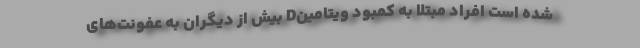
شده است افراد مبتلا به کمبود ویتامین‌D بیش از دیگران به عفونت‌های